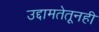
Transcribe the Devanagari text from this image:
उद्दामतेतूनही